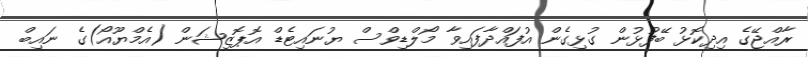
ރާއްޖޭގެ އިދިކޮޅު ބޭފުޅުން ގުޅިގެން އުފައްދާފައިވާ މޯލްޑިވްސް ޔުނައިޓެޑް އޮޕޮޒިޝަން (އެމްޔޫއޯ)ގެ ނައިބް